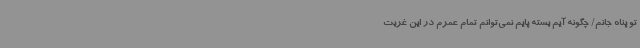
تو پناه جانم/ چگونه آیم بسته پایم نمی‌توانم تمام عمرم در این غربت